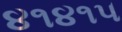
૪૧૪૧૫